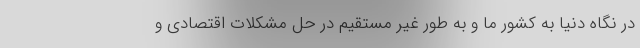
در نگاه دنیا به کشور ما و به طور غیر مستقیم در حل مشکلات اقتصادی و